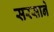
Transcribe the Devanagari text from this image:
सरसाने